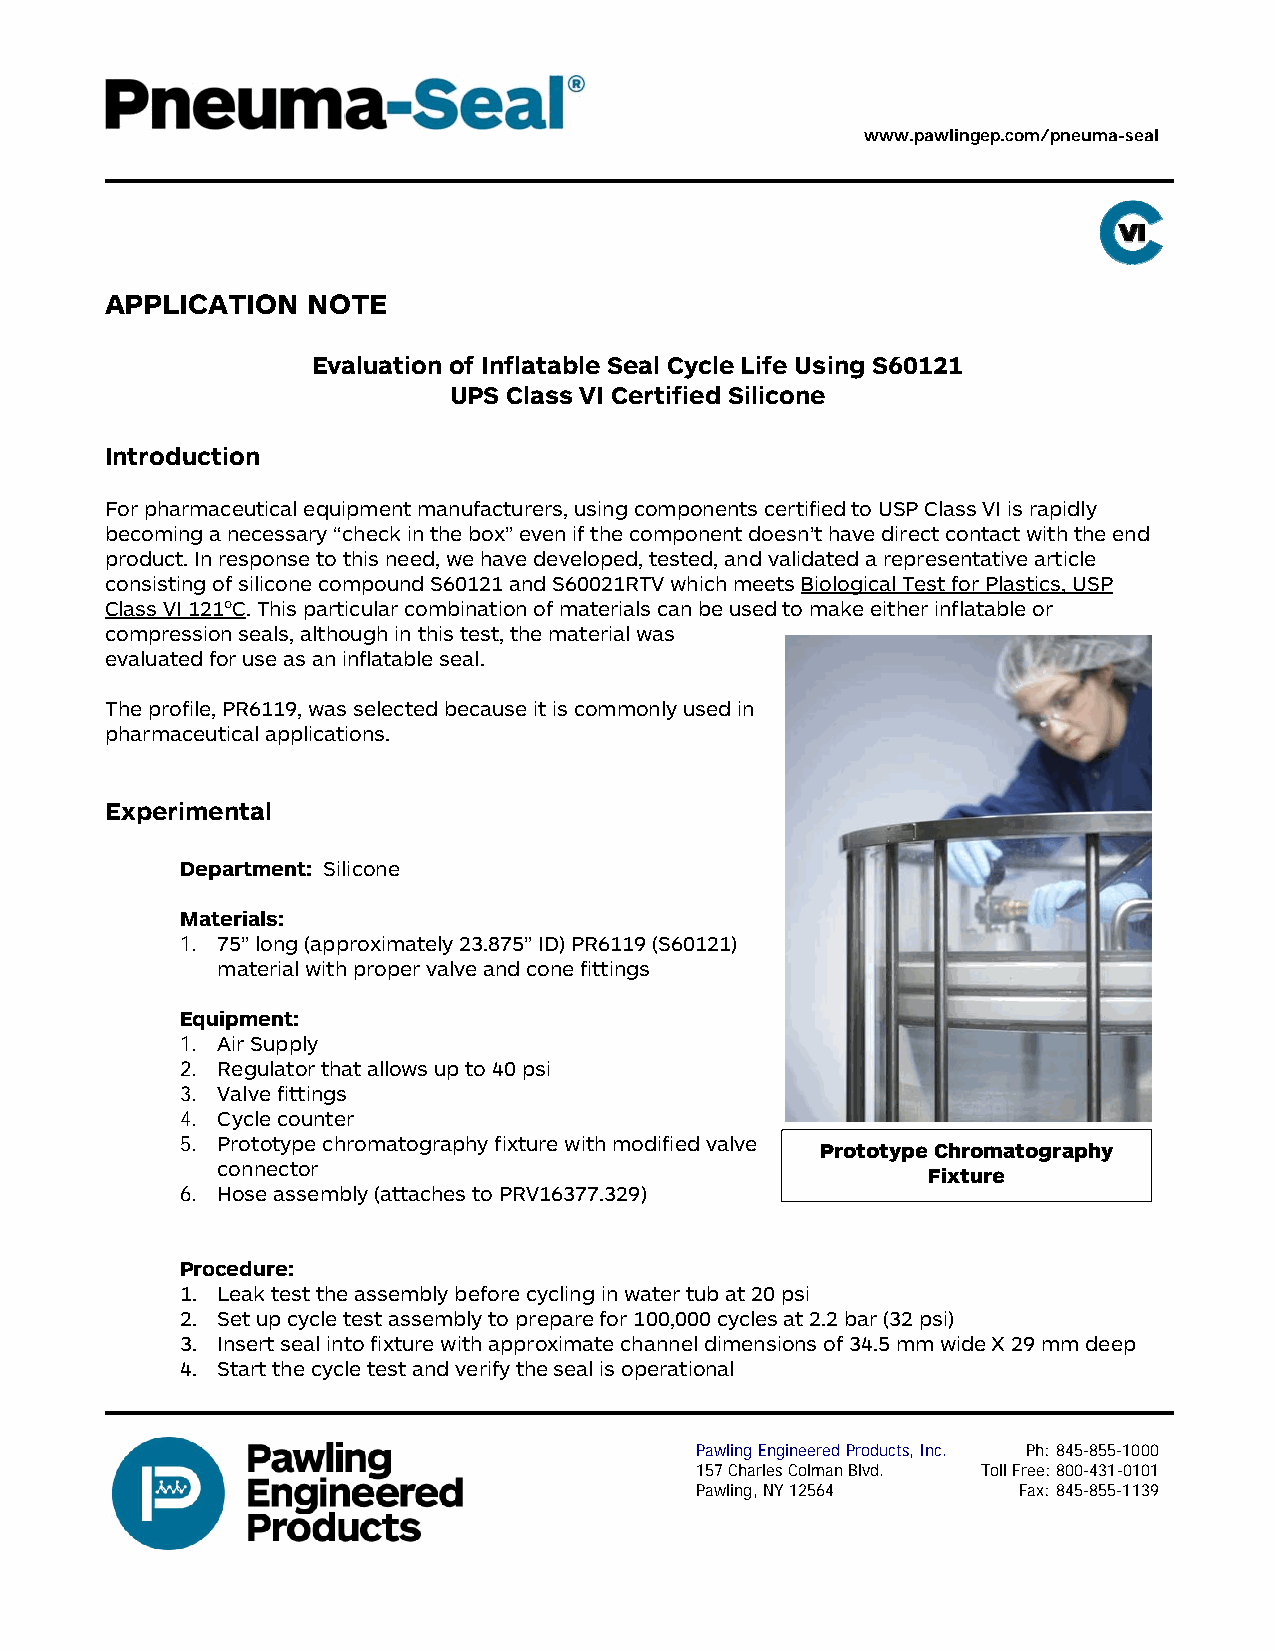
www.pawlingep.com/pneuma-seal
 APPLICATION  NOTE
 Evaluation of Inflatable Seal Cycle Life Using S60121
 UPS Class VI Certified Silicone
 Introduction
 For pharmaceutical equipment manufacturers, using components certified to USP Class VI is rapidly
 becoming a necessary “check in the box” even if the component doesn’t have direct contact with the end
 product. In response to this need, we have developed, tested, and validated a representative article
 consisting of silicone compound S60121 and S60021RTV which meets Biological Test for Plastics, USP
 Class VI 121oC. This particular combination of materials can be used to make either inflatable or
 compression seals, although in this test, the material was
 evaluated for use as an inflatable seal.
 The profile, PR6119, was selected because it is commonly used in
 pharmaceutical applications.
 Experimental
 Department: Silicone
 Materials:
 1. 75” long (approximately 23.875” ID) PR6119 (S60121)
 material with proper valve and cone fittings
 Equipment:
 1. Air Supply
 2. Regulator that allows up to 40 psi
 3. Valve fittings
 4. Cycle counter
 5. Prototype chromatography fixture with modified valve
 Prototype Chromatography
 connector
 Fixture
 6. Hose assembly (attaches to PRV16377.329)
 Procedure:
 1. Leak test the assembly before cycling in water tub at 20 psi
 2. Set up cycle test assembly to prepare for 100,000 cycles at 2.2 bar (32 psi)
 3. Insert seal into fixture with approximate channel dimensions of 34.5 mm wide X 29 mm deep
 4. Start the cycle test and verify the seal is operational
 Pawling Engineered Products, Inc. Ph: 845-855-1000
 157 Charles Colman Blvd. Toll Free: 800-431-0101
 Pawling, NY 12564    Fax: 845-855-1139